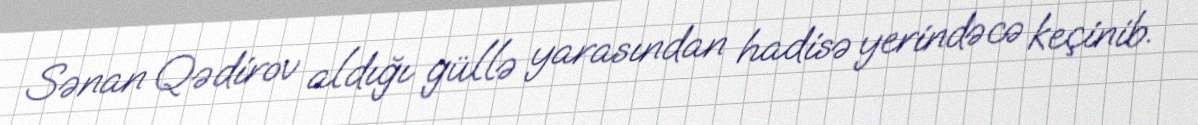
Sənan Qədirov aldığı güllə yarasından hadisə yerindəcə keçinib.